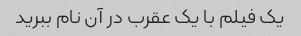
یک فیلم با یک عقرب در آن نام ببرید